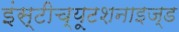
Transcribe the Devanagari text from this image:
इंस्टीच्यूटशनाइज्ड